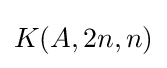
K(A,2n,n)